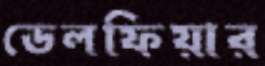
ডেলফিয়ার